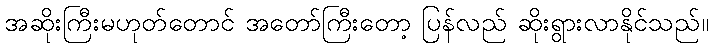
အဆိုးကြီးမဟုတ်တောင် အတော်ကြီးတော့ ပြန်လည် ဆိုးရွားလာနိုင်သည်။